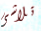
تلاشى